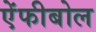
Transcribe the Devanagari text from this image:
ऐंफीबोल